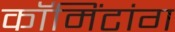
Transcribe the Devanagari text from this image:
कॉमिंटांग